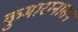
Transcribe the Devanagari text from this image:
कुमारानासन